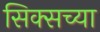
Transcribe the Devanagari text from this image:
सिक्सच्या